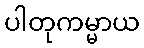
ပါတုကမ္မာယ